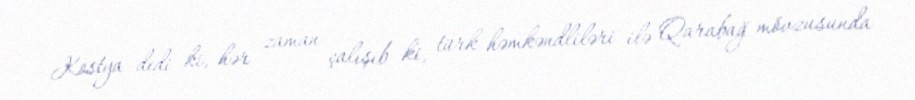
Kostya dedi ki, hər zaman çalışıb ki, türk həmkəndliləri ilə Qarabağ mövzusunda